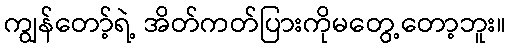
ကျွန်တော့်ရဲ့ အိတ်ကတ်ပြားကိုမတွေ့တော့ဘူး။